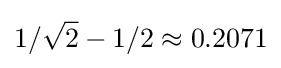
1/{\sqrt {2}}-1/2\approx 0.2071